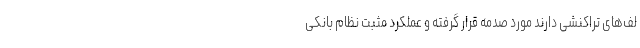
لف‌های تراکنشی دارند مورد صدمه قرار گرفته و عملکرد مثبت نظام بانکی